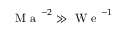
\mathrm { ~ M ~ a ~ } ^ { - 2 } \gg \mathrm { ~ W ~ e ~ } ^ { - 1 }